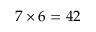
7 \times 6 = 4 2